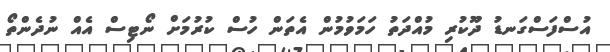
އުސްފަސްގަނޑު ދޫކުރި މުއްދަތު ހަމަވުމުން އެތަން ހުސް ކުރުމަށް ނޯޓިސް އެއް ނުދެންތޯ